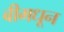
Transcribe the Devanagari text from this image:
बीमधून